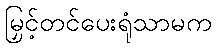
မြှင့်တင်ပေးရုံသာမက